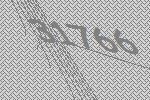
31766